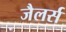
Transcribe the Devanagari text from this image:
जैलर्स